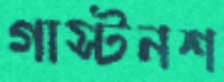
গাস্টনশ